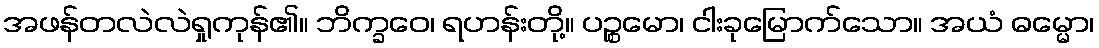
အဖန်တလဲလဲရှုကုန်၏။ ဘိက္ခဝေ၊ ရဟန်းတို့။ ပဉ္စမော၊ ငါးခုမြောက်သော။ အယံ ဓမ္မော၊